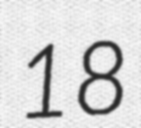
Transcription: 18